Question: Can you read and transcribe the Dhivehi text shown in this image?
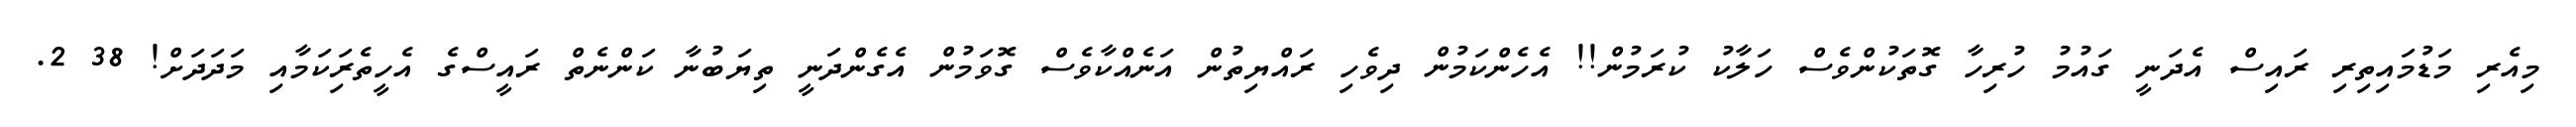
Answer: މިއެރި މަޑުމައިތިރި ރައިސް އެދަނީ ގައުމު ހުރިހާ ގޮތަކުންވެސް ހަލާކު ކުރަމުން!! އެހެންކަމުން ދިވެހި ރައްޔިތުން އަނެއްކާވެސް ގޮވަމުން އެގެންދަނީ ތިޔަބުނާ ކަންނެތް ރައީސްގެ އެހީތެރިަކަމާއި މަދަދަށް! 38 2.